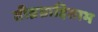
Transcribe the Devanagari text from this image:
तीव्रग्राहिताभ